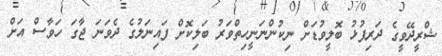
ޝްރީދޭވީގެ ދަރިފުޅު ބޮލީވުޑަށް ނިކުންނަނީހިތްވަރު ބަލިކޮށް ފައިނަލުގެ ދެވަނަ ޖާގަ ހަވާސް އަށް